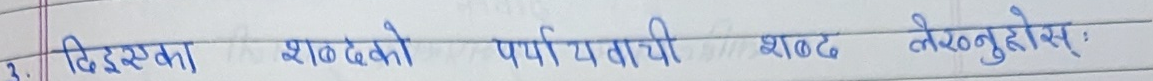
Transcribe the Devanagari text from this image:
दिएसका शब्दको पर्यायवाची शब्द लेख्नुहोस्: